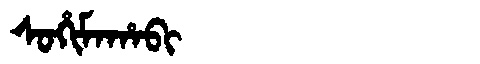
Manchu: ᠰᠣᡥᡳᠮᠠᡥᠠᠪᡳ
Romanization: SOHIMAHABI